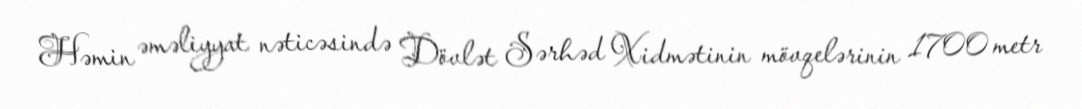
Həmin əməliyyat nəticəsində Dövlət Sərhəd Xidmətinin mövqelərinin 1700 metr